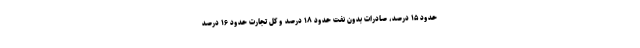
حدود ۱۵ درصد، صادرات بدون نفت حدود ۱۸ درصد و کل تجارت حدود ۱۶ درصد